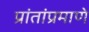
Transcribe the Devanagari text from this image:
प्रांतांप्रमाणे